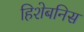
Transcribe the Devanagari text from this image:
हिशेबनिस